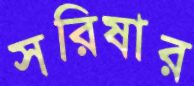
সরিষার